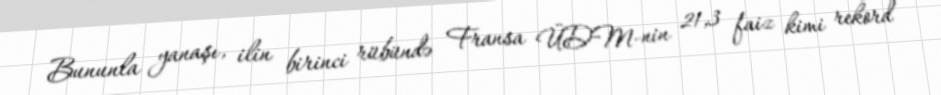
Bununla yanaşı, ilin birinci rübündə Fransa ÜDM-nin 21,3 faiz kimi rekord